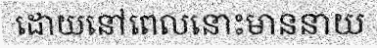
ដោយនៅពេលនោះមាននាយ